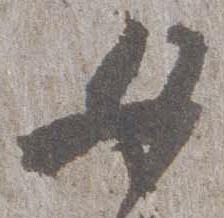
女